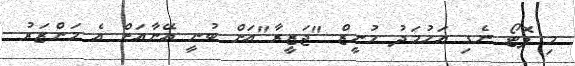
މި ފޮޓޯ ނެގި އަހުމަދު މުނީޒް "ޖަޒީރާ"އަށް ބުނީ އޭނާއަށް އެ މަންޒަރު